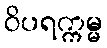
ဝိပရက္ကမ္မ